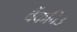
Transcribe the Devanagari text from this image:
बैंकविउ